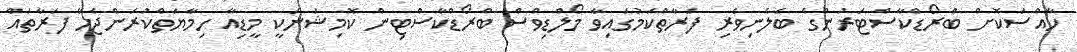
ހާއްސަކޮށް ބްރޯޑްކާސްޓަރުންގެ ބެލެނިވެރި ފަރާތްކަމުގައިވާ މޯލްޑިވްސް ބްރޯޑްކާސްޓިން ކޮމިޝަނަކީ މީޑިއާ ހިމާޔަތްކުރަންޖެހޭ ފަރާތައް